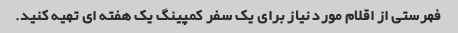
فهرستی از اقلام مورد نیاز برای یک سفر کمپینگ یک هفته ای تهیه کنید.